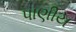
પાણીય